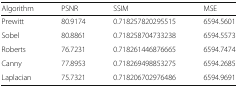
| Algorithm | PSNR | SSIM | MSE |
 | --- | --- | --- | --- |
 | Prewitt | 80.9174 | 0.718257820295515 | 6594.5601 |
 | Sobel | 80.8861 | 0.718258704733238 | 6594.5573 |
 | Roberts | 76.7231 | 0.718261446876665 | 6594.7474 |
 | Canny | 77.8953 | 0.718269498853275 | 6594.2685 |
 | Laplacian | 75.7321 | 0.718206702976486 | 6594.9691 |